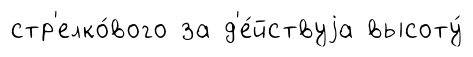
стр'елко́вого за д'е́йствуjа высоту́